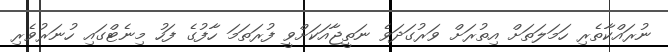
ނުރައްކާތެރި ހަމަލަތަށް އިތުރަށް ވަރުގަދަވެ ނަތީޖާއަކަށްވީ ފުރަތަމަ ހާފުގެ ފަހު މިނެޓްގައި ހުނަރުވެރި